Report on the working of the Ranchi Indian Mental Hospital, Kanke, in Bihar and Orissa - 1930-1940
Year: 1930
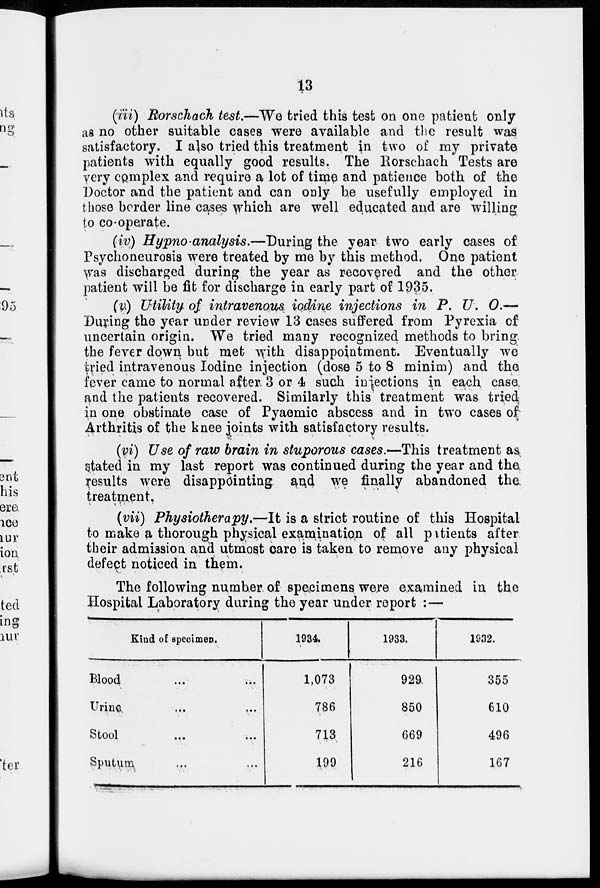
13
(iii) Rorschach test.—We tried this test on one patient only
as no other suitable cases were available and the result was
satisfactory. I also tried this treatment in two of my private
patients with equally good results. The Rorschach Tests are
very complex and require a lot of time and patience both of the
Doctor and the patient and can only be usefully employed in
those border line cases which are well educated and are willing
to co-operate.
(iv) Hypno analysis.—During the year two early cases of
Psychoneurosis were treated by me by this method. One patient
was discharged during the year as recovered and the other
patient will be fit for discharge in early part of 1935.
(v) Utility of intravenous iodine injections in P. U. O.—
During the year under review 13 cases suffered from Pyrexia of
uncertain origin. We tried many recognized methods to bring,
the fever down but met with disappointment. Eventually we
tried intravenous Iodine injection (dose 5 to 8 minim) and the
fever came to normal after. 3 or 4 such injections, in each case,
and the patients recovered. Similarly this treatment was tried
in one obstinate case of Pyaemic abscess and in two cases of
Arthritis of the knee joints with satisfactory results.
(vi) Use of raw brain in stuporous cases.—This treatment as
stated in my last report was continued during the year and the,
results were disappointing. and we finally abandoned the.
treatment,
(vii) Physiotherapy.—It is a strict routine of this Hospital
to make a thorough physical examination of all patients after
their admission and utmost care is taken to remove any physical
defect noticed in them.
The following number of specimens were examined in the
Hospital Laboratory during the year under report :—
Kind of specimen.
Blood ... ...
Urine ... ...
Stool ... ...
Sputum ... ...
1934.
1,073
786
713
199
1933.
929
850
669
216
1932.
355
610
496
167